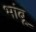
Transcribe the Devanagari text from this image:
भांबू